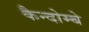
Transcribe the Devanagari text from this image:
कैन्दोम्बे